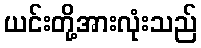
ယင်းတို့အားလုံးသည်